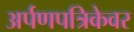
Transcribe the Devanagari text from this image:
अर्पणपत्रिकेवर